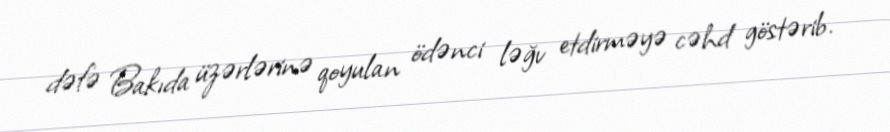
dəfə Bakıda üzərlərinə qoyulan ödənci ləğv etdirməyə cəhd göstərib.